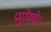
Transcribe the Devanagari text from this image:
प्रभुरेवचे।।